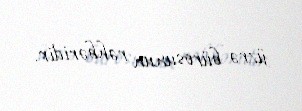
üzrə bürosunun rəhbəridir.